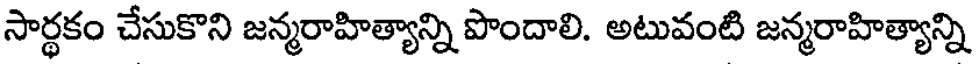
సార్థకం చేసుకొని జన్మరాహిత్యాన్ని పొందాలి. అటువంటి జన్మరాహిత్యాన్ని